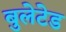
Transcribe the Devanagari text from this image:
बुलेटेड